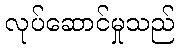
လုပ်ဆောင်မှုသည်